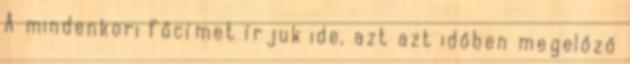
A mindenkori főcímet írjuk ide, azt azt időben megelőző